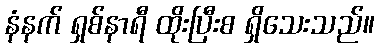
နံနက် ရှစ်နာရီ ထိုးပြီးစ ရှိသေးသည်။